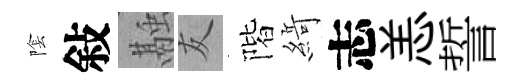
隂敍融友階𦂶志恙誓